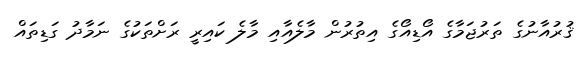
ޤުރުއާނުގެ ތަރުޖަމާގެ އޯޑިއޯގެ އިތުރުން މާލެއާއި މާލެ ކައިރީ ރަށްތަކުގެ ނަމާދު ގަޑިތައް